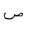
Letter: _sad